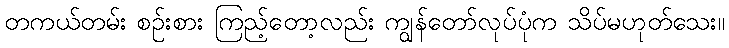
တကယ်တမ်း စဉ်းစား ကြည့်တော့လည်း ကျွန်တော်လုပ်ပုံက သိပ်မဟုတ်သေး။